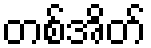
တစ်အိတ်